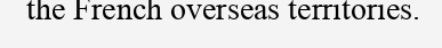
the French overseas territories.